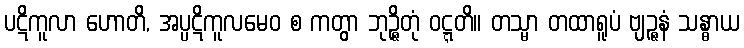
ပဋိကူလာ ဟောတိ, အပ္ပဋိကူလမေဝ စ ကတွာ ဘုဉ္ဇိတုံ ဝဋ္ဋတိ။ တသ္မာ တထာရူပံ ဗျဉ္ဇနံ သန္ဓာယ